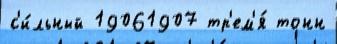
с'и́льный 19061907 тр'ем'я́ тонн